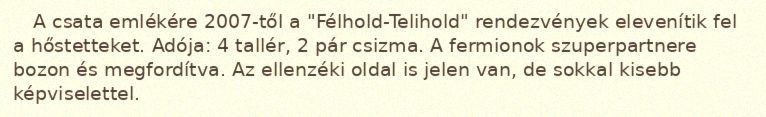
A csata emlékére 2007-től a "Félhold-Telihold" rendezvények elevenítik fel a hőstetteket. Adója: 4 tallér, 2 pár csizma. A fermionok szuperpartnere bozon és megfordítva. Az ellenzéki oldal is jelen van, de sokkal kisebb képviselettel.